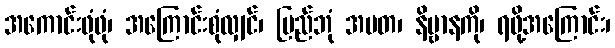
အကောင်းဖုံဖုံ၊ အကြောင်းစုံလျှင်၊ ပြည်ဘုံ အမတ၊ နိဗ္ဗာနကို၊ ရဖို့အကြောင်း၊